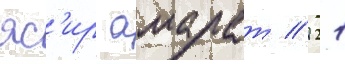
яс'ир амарат // 21